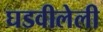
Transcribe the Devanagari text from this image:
घडवीलेली